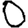
Digit: 0